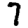
Digit: 7